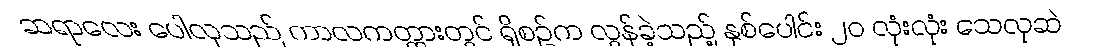
ဆရာလေး ပေါလုသည် ကာလကတ္တားတွင် ရှိစဉ်က လွန်ခဲ့သည့် နှစ်ပေါင်း ၂၀ လုံးလုံး သေလုဆဲ